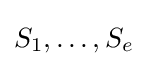
S_{1},\ldots ,S_{e}